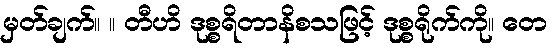
မှတ်ချက်။ ။ တီဟိ ဒုစ္စရိတာနိစသဖြင့် ဒုစ္စရိုက်ကို။ တေ